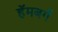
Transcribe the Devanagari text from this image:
हॅमबर्ग